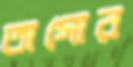
তাগোর